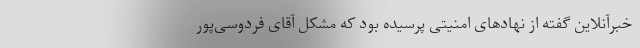
خبرآنلاین گفته از نهادهای امنیتی پرسیده بود که مشکل آقای فردوسی‌پور